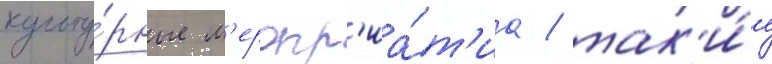
культу́рные м'еропр'иа́т'иа / так'и́е